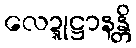
လေဍ္ဍုဋ္ဌာနန္တိ